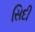
સિદી